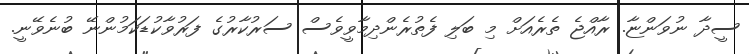
ސީދާ ނުވަންޏާ. ރާއްޖެ ތެރެއަށް މި ބަލި ފެތުރެންދިމާވީވެސް ސަރުކާރުގެ ފަރުވާކުޑަކަމުންނޭ ބުނެވޭނީ.